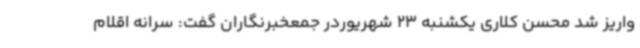
واریز شد محسن کلاری یکشنبه 23 شهریوردر جمعخبرنگاران گفت: سرانه اقلام